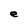
Character: e